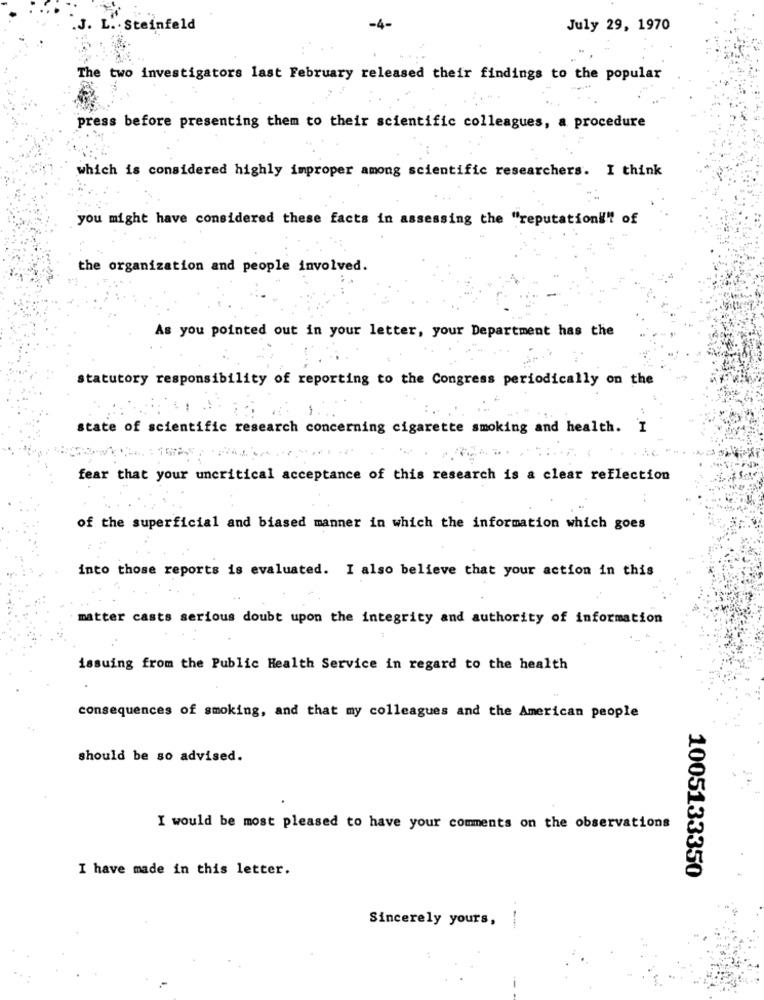
.J. L. . Steinfeld
July 29, 1970
The two investigators last February released their findings to the popular
press before presenting them to their scientific colleagues, a procedure
which is considered highly improper among scientific researchers. I think
you might have considered these facts in assessing the "reputationil" of
the organization and people involved.
As you pointed out in your letter, your Department has the
statutory responsibility of reporting to the Congress periodically on the
-
state of scientific research concerning cigarette smoking and health. I
fear that your uncritical acceptance of this research is a clear reflection
of the superficial and biased manner in which the information which goes
into those reports is evaluated. I also believe that your action in this
matter casts serious doubt upon the integrity and authority of information
issuing from the Public Health Service in regard to the health
consequences of smoking, and that my colleagues and the American people
should be so advised.
I would be most pleased to have your comments on the observations
I have made in this letter.
1005133350
Sincerely yours,